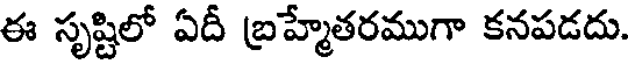
ఈ సృష్టిలో ఏదీ బ్రహ్మేతరముగా కనపడదు.